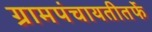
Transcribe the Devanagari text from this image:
ग्रामपंचायतीतर्फे